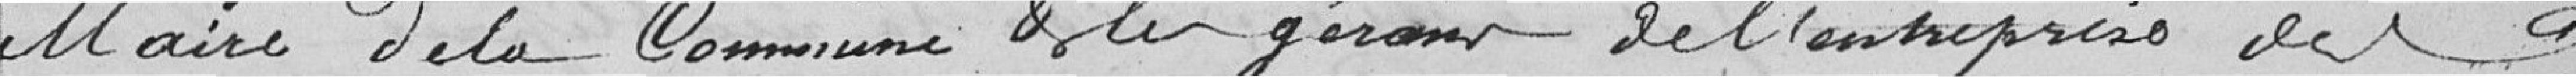
Maire de la Commune et les gérants de l'entreprise de